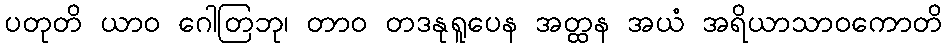
ပတုတိ ယာဝ ဂေါတြဘု၊ တာဝ တဒနုရူပေန အတ္ထန အယံ အရိယာသာဝကောတိ